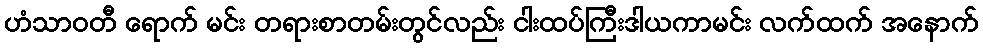
ဟံသာဝတီ ရောက် မင်း တရားစာတမ်းတွင်လည်း ငါးထပ်ကြီးဒါယကာမင်း လက်ထက် အနောက်